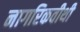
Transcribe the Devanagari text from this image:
नागरिकवीथी